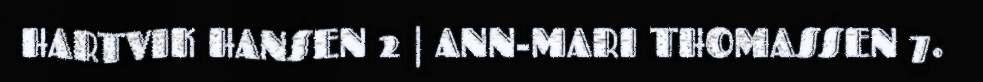
HARTVIK HANSEN 2 | ANN-MARI THOMASSEN 7.